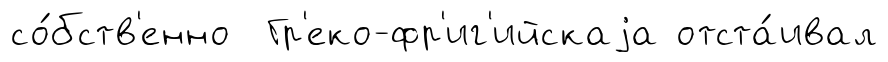
со́бств'енно Гр'еко-фр'иг'ийскаjа отста́ивал